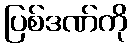
ပြစ်ဒဏ်ကို